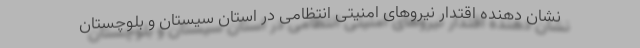
نشان دهنده اقتدار نیروهای امنیتی انتظامی در استان سیستان و بلوچستان